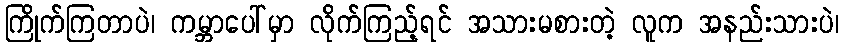
ကြိုက်ကြတာပဲ၊ ကမ္ဘာပေါ်မှာ လိုက်ကြည့်ရင် အသားမစားတဲ့ လူက အနည်းသားပဲ၊